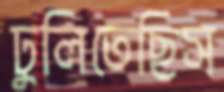
ঢুলিতেছিস